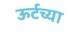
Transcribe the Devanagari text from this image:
ऊर्टच्या